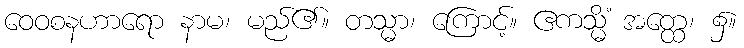
ဝေဝစနဟာရော နာမ၊ မည်၏။ တသ္မာ၊ ကြောင့်။ ဧကသ္မိံ အတ္ထေ၊ ၌။